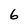
Character: 6